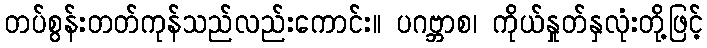
တပ်စွန်းတတ်ကုန်သည်လည်းကောင်း။ ပဂဗ္ဘာစ၊ ကိုယ်နှုတ်နှလုံးတို့ဖြင့်